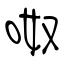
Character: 呶